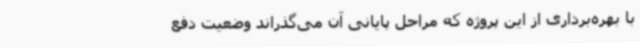
با بهره‌برداری از این پروژه که مراحل پایانی آن می‌گذراند وضعیت دفع